Scientific memoirs by medical officers of the Army of India - Part X,
Year: 1897
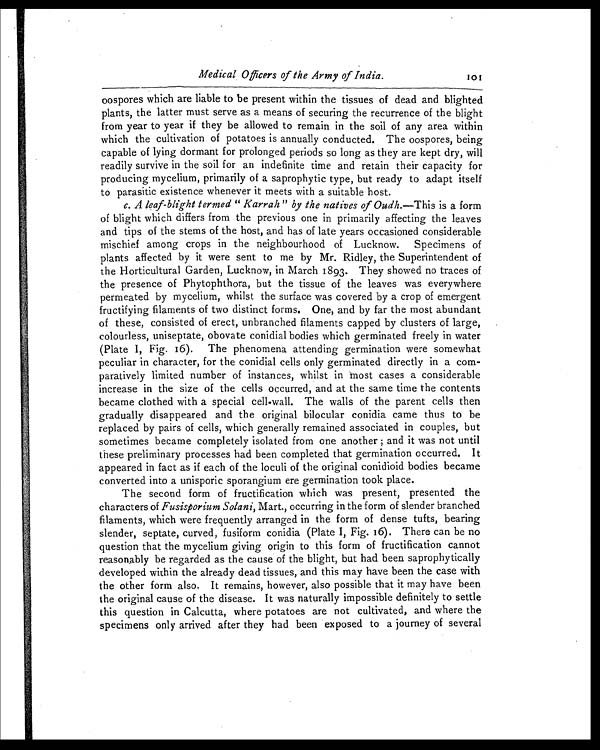
Medical Officers of the Army of India.
1 0 1
oospores which are liable to be present within the tissues of dead and blighted
plants, the latter must serve as a means of securing the recurrence of the blight
from year to year if they be allowed to remain in the soil of any area within
which the cultivation of potatoes is annually conducted. The oospores, being
capable of lying dormant for prolonged periods so long as they are kept dry, will
readily survive in the soil for an indefinite time and retain their capacity for
producing mycelium, primarily of a saprophytic type, but ready to adapt itself
to parasitic existence whenever it meets with a suitable host.
c. A leaf-blight termed " Farrah" by the natives of Oudh. —This is a form
of blight which differs from the previous one in primarily affecting the leaves
and tips of the stems of the host, and has of late years occasioned considerable
mischief among crops in the neighbourhood of Lucknow. Specimens of
plants affected by it were sent to me by Mr. Ridley, the Superintendent of
the Horticultural Garden, Lucknow, in March 1893. They showed no traces of
the presence of Phytophthora, but the tissue of the leaves was everywhere
permeated by mycelium, whilst the surface was covered by a crop of emergent
fructifying filaments of two distinct forms. One, and by far the most abundant
of these, consisted of erect, unbranched filaments capped by clusters of large,
colourless, uniseptate, obovate conidial bodies which germinated freely in water
(Plate I, Fig. 16). The phenomena attending germination were somewhat
peculiar in character, for the conidial cells only germinated directly in a com
-
paratively limited number of instances, whilst in most cases a considerable
increase in the size of the cells occurred, and at the same time the contents
became clothed with a special cell-wall. The walls of the parent cells then
gradually disappeared and the original bilocular conidia came thus to be
replaced by pairs of cells, which generally remained associated in couples, but
sometimes became completely isolated from one another ; and it was not until
these preliminary processes had been completed that germination occurred. It
appeared in fact as if each of the loculi of the original conidioid bodies became
converted into a unisporic sporangium ere germination took place.
The second form of fructification which was present, presented the
characters of Fusisporium Solani, Mart., occurring in the form of slender branched
filaments, which were frequently arranged in the form of dense tufts, bearing
slender, septate, curved, fusiform conidia (Plate I, Fig. 16). There can be no
question that the mycelium giving origin to this form of fructification cannot
reasonably be regarded as the cause of the blight, but had been saprophytically
developed within the already dead tissues, and this may have been the case with
the other form also. It remains, however, also possible that it may have been
the original cause of the disease. It was naturally impossible definitely to settle
this question in Calcutta, where potatoes are not cultivated, and where the
specimens only arrived after they had been exposed to a journey of several